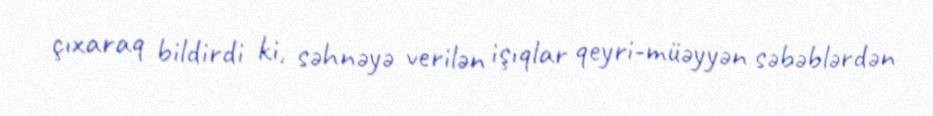
çıxaraq bildirdi ki, səhnəyə verilən işıqlar qeyri-müəyyən səbəblərdən